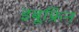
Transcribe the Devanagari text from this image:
इबूफ्रिन